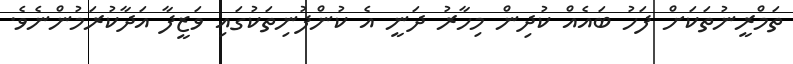
ތަމްރީނުތަކަށް ފަހު ބައެއް ކުދިން މިހާރު ދަނީ އެ ކުންފުނިތަކުގައި ވަޒީފާ އަދާކުރަމުންނެވެ.